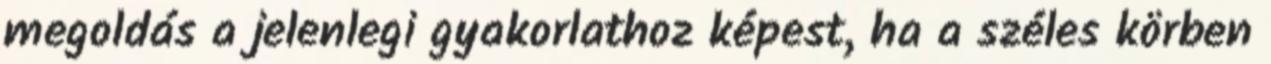
megoldás a jelenlegi gyakorlathoz képest, ha a széles körben